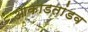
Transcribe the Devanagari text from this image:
आकाडतांडव